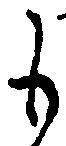
も